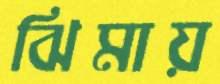
ঝিমায়